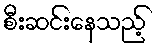
စီးဆင်းနေသည့်